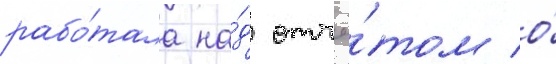
рабо́тала на́д отчё́том о́